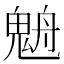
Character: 𩳉